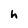
Character: h